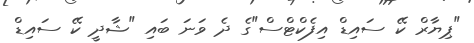
"ޕިޔާރް ކޭ ސައިޑް އިފެކްޓްސް"ގެ ދެ ވަނަ ބައި "ޝާދީ ކޭ ސައިޑް